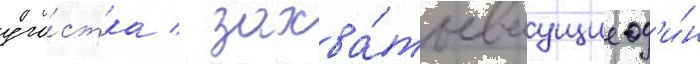
уча́стка / захва́тываущие од'и́н